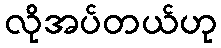
လိုအပ်တယ်ဟု